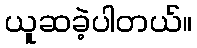
ယူဆခဲ့ပါတယ်။